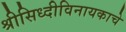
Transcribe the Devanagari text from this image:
श्रीसिध्दीविनायकाचे